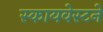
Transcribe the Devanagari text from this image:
स्कायवेस्टने